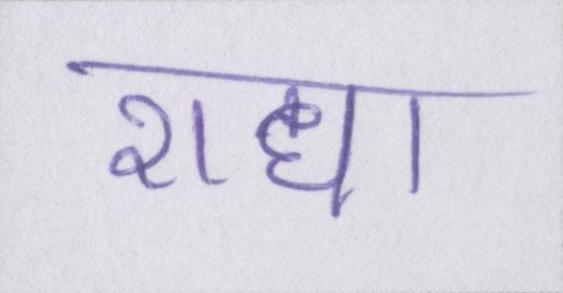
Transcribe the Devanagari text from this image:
राधा